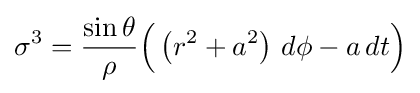
\sigma ^{3}={\frac {\sin \theta }{\rho }}{\Big (}\left(r^{2}+a^{2}\right)\,d\phi -a\,dt{\Big )}